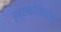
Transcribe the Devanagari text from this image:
वृहतकोशिकीय